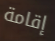
إقامة